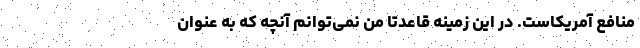
منافع آمریکاست. در این زمینه قاعدتا من نمی‌توانم آنچه که به عنوان